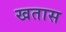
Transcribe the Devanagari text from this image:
खतास